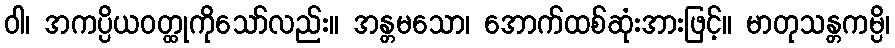
ဝါ၊ အကပ္ပိယဝတ္ထုကိုသော်လည်း။ အန္တမသော၊ အောက်ထစ်ဆုံးအားဖြင့်။ မာတုသန္တကမ္ပိ၊